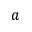
a